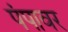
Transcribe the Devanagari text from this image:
पंपावर